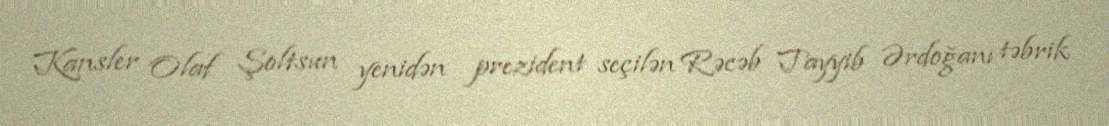
Kansler Olaf Şoltsun yenidən prezident seçilən Rəcəb Tayyib Ərdoğanı təbrik